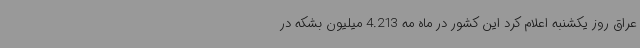
عراق روز یکشنبه اعلام کرد این کشور در ماه مه 4.213 میلیون بشکه در